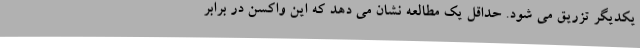
یکدیگر تزریق می شود. حداقل یک مطالعه نشان می دهد که این واکسن در برابر